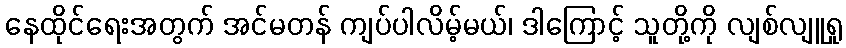
နေထိုင်ရေးအတွက် အင်မတန် ကျပ်ပါလိမ့်မယ်၊ ဒါကြောင့် သူတို့ကို လျစ်လျူရှု